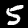
Digit: 5